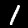
Digit: 1